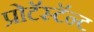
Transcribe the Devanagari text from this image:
प्रोटॅस्टॅन्ट